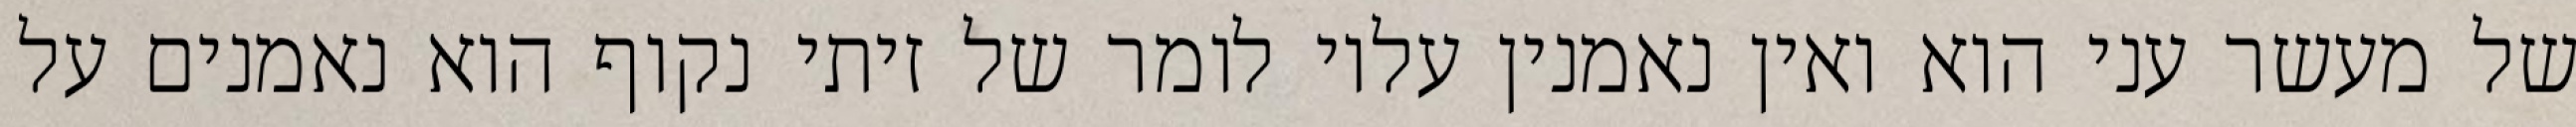
של מעשר עני הוא ואין נאמנין עליו לומר של זיתי נקוף הוא נאמנים על